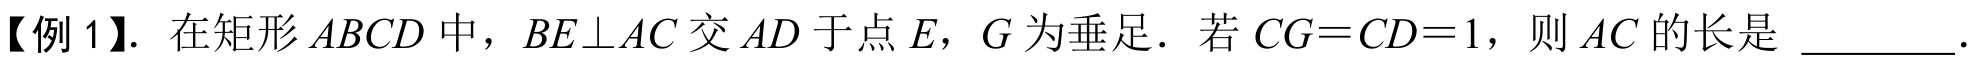
【例 1】. 在矩形 \(ABCD\) 中，\(BE\perp AC\) 交 \(AD\) 于点 \(E\)，\(G\) 为垂足．若 \(CG = CD = 1\)，则 \(AC\) 的长是 \_\_\_\_\_ ．